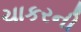
ચાકરની